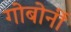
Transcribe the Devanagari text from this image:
गोबोर्नी